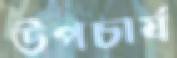
উপচার্য